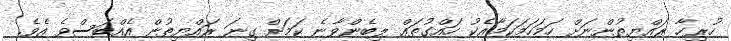
ހުރިހާ ރައްޔިތުންނަށް ހަމަހަމަކަމާއެކު ހައްގުތައް ލިބެންވާނެ ކަމަށް ގިނަ ރައްޔިތުން އެއްބަސްވެ އެވެ.